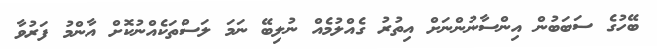
ބޭހުގެ ސަބަބުން އިންސާނުންނަށް އިތުރު ގެއްލުމެއް ނުލިބޭ ނަމަ ލަސްތަކެއްނުކޮށް އާންމު ފަރުވާ